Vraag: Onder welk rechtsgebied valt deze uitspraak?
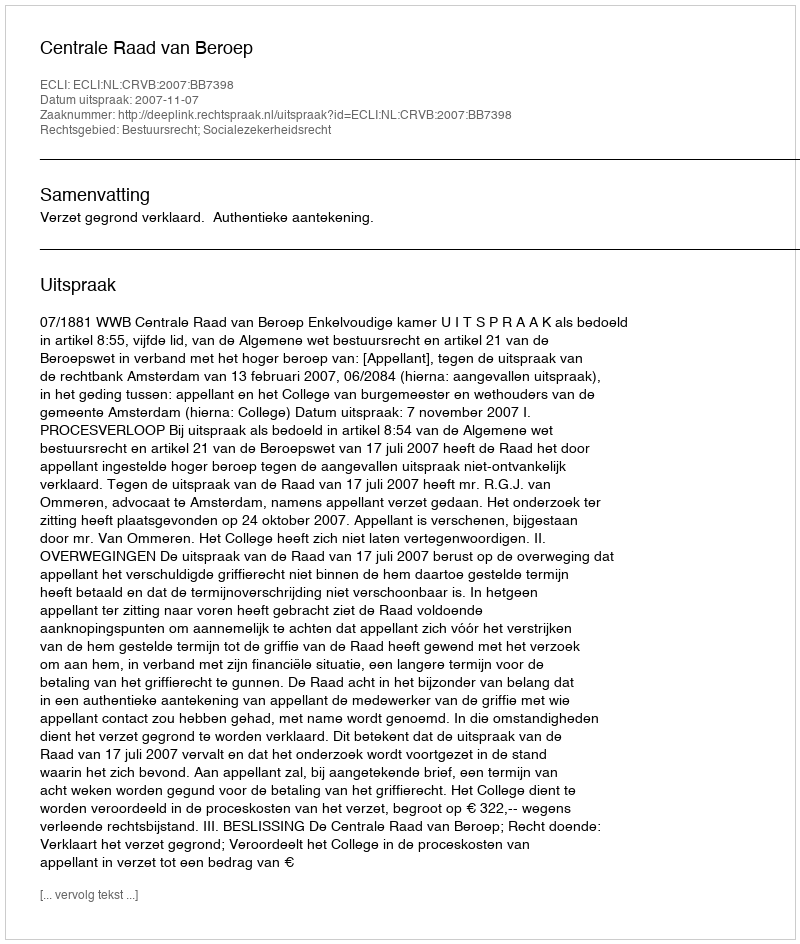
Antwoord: Bestuursrecht; Socialezekerheidsrecht